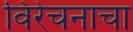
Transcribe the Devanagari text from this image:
विरेचनाचा